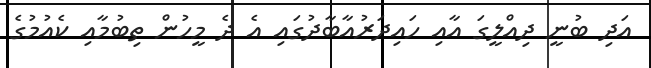
އަދި ބުނީ ދިއްލީގަ އާއި ހައިދަރުއާބާދުގައި އެ ދެ މީހުން ތިބުމާއި ކެއުމުގެ